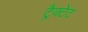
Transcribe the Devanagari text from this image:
ट्रैक्टेट